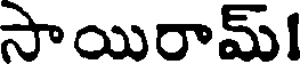
సాయిరామ్!